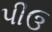
પીઉ